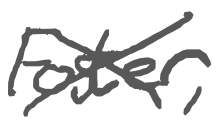
Text: Foster,
Cross-out: cross
Writing tool: digital_gray